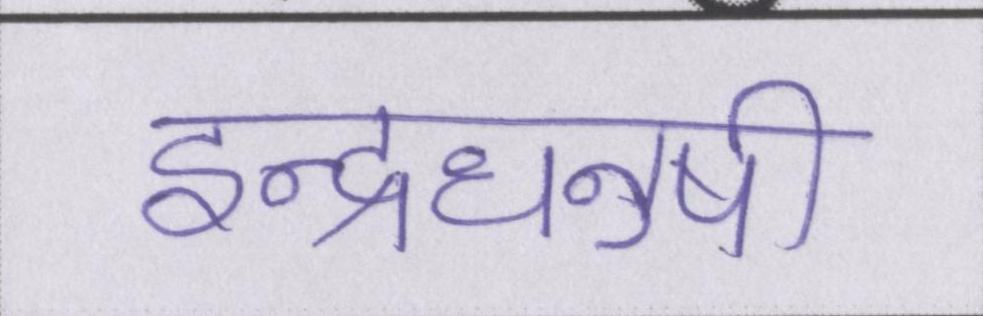
इन्द्रधनुषी